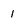
Character: 1